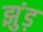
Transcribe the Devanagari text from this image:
झुंड़